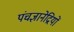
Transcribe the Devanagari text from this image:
पंचज्ञानेद्रियों